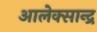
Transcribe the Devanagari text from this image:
आलेक्सान्द्र